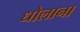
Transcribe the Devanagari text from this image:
धोलाना